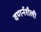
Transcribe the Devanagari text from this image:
वणर्नशैली